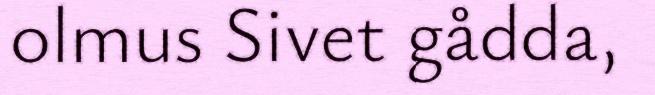
olmus Sivet gådda,